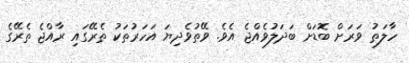
ހާލަތު ވަރަށް ބޮޑަށް ބަދަލުވެއްޖެ އެވެ. ވޭތުވެދިޔަ އަހަރުތަކު ތެރޭގައި ރާއްޖެ ތެރޭގެ